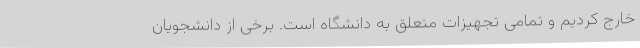
خارج کردیم و تمامی تجهیزات متعلق به دانشگاه است. برخی از دانشجویان